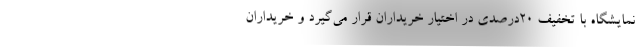
نمایشگاه با تخفیف ۲۰درصدی در اختیار خریداران قرار می‌گیرد و خریداران